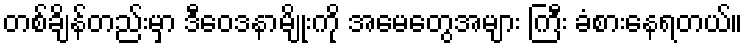
တစ်ချိန်တည်းမှာ ဒီဝေဒနာမျိုးကို အမေတွေအများ ကြီး ခံစားနေရတယ်။